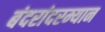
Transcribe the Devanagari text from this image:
बंदरांदरम्यान